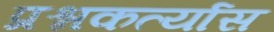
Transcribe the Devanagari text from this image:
प्रश्नकर्त्यास